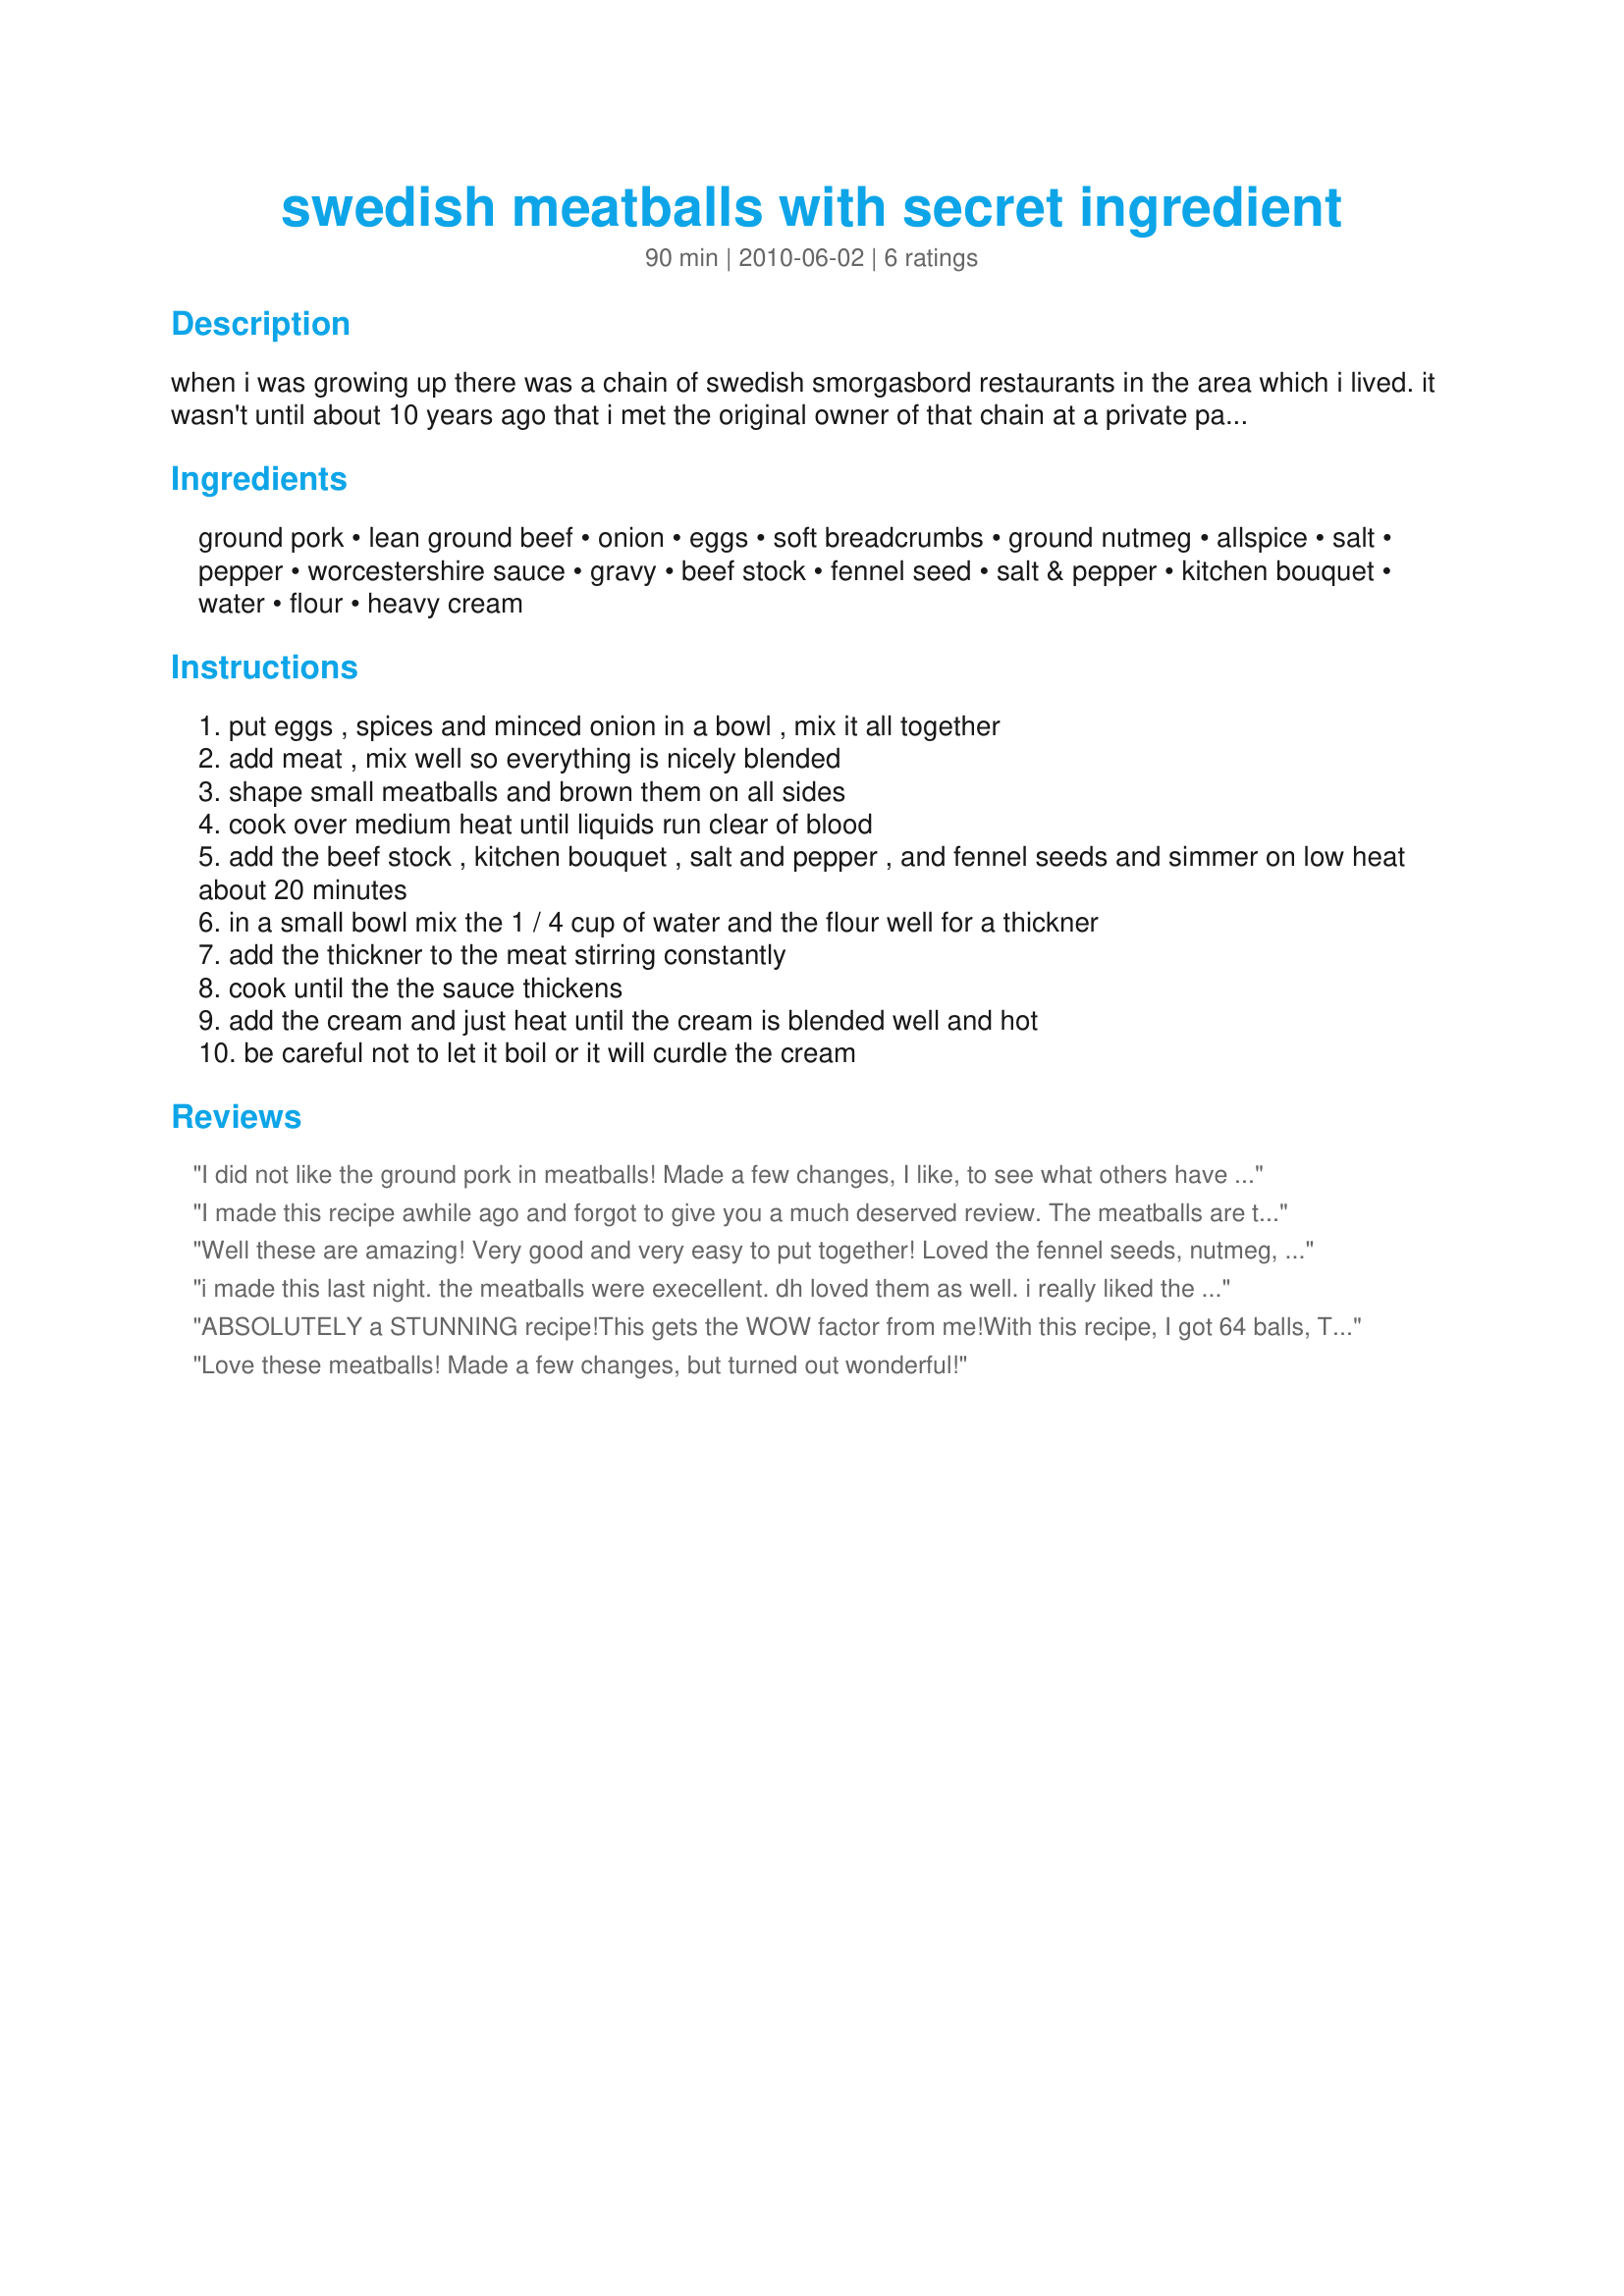
swedish meatballs with secret ingredient
Preparation time: 90 minutes

when i was growing up there was a chain of swedish smorgasbord restaurants in the area which i lived. it wasn't until about 10 years ago that i met the original owner of that chain at a private party in the last remaining restaurant in the chain. he cooked the foods for this party himself with his son who at that time was the manager of that one remaining establishment. one of the dishes that he served, personally to the 20+ persons invited, was his swedish meatballs. they were the absolute best tasting meatballs i ever ate. i took him aside and asked him quietly..."is the wonderful taste in these meatballs the fennel seeds in the sauce?" he smiled and whispered back..."yes that is my secret for making the best swedish meatballs". i came upon a recipe for swedish meatballs at group recipes.com that sounded so similar to that recipe so i wanted to post this version for the zwt #6 2010 scandinavian region.

Ingredients:
ground pork, lean ground beef, onion, eggs, soft breadcrumbs, ground nutmeg, allspice, salt, pepper, worcestershire sauce, gravy, beef stock, fennel seed, salt & pepper, kitchen bouquet, water, flour, heavy cream

Steps:
put eggs , spices and minced onion in a bowl , mix it all together
add meat , mix well so everything is nicely blended
shape small meatballs and brown them on all sides
cook over medium heat until liquids run clear of blood
add the beef stock , kitchen bouquet , salt and pepper , and fennel seeds and simmer on low heat about 20 minutes
in a small bowl mix the 1 / 4 cup of water and the flour well for a thickner
add the thickner to the meat stirring constantly
cook until the the sauce thickens
add the cream and just heat until the cream is blended well and hot
be careful not to let it boil or it will curdle the cream

Reviews:
I did not like the ground pork in meatballs! Made a few changes, I like, to see what others have did to any improvements and/or variations you make to this simple recipe work!
I made this recipe awhile ago and forgot to give you a much deserved review. The meatballs are the best. I love fennel and never thought of using it for swedish meatballs. I like my sauce a little thicker so I added one extra tablespoon of flour. Other then that no other changes were made. Thank You.
Well these are amazing! Very good and very easy to put together! Loved the fennel seeds, nutmeg, and all spice which are unusual but love additions to these meatballs. Followed this exactly and wouldn't change anything. As a side note, make sure you only use enough fennel that is recommended, can be strong if you add to much. I also loved the addition of pork. Terrific recipe! ) Made for ZWT 6 Zee Zesty Zany Cookzz June 2010
i made this last night. the meatballs were execellent. dh loved them as well. i really liked the addition of the fennel. i also added an extra tbsp of flour but other than that i made it as directed. i now have this listed under comfort food. thanks for posting
ABSOLUTELY a STUNNING recipe!<br/>This gets the WOW factor from me!<br/>With this recipe, I got 64 balls, TRUE!<br/>Less than 10 were left and only 7 people too!<br/>OUTSTANDING and thanks for posting the recipe!<br/>MADE the night AND night for ME!
Love these meatballs! Made a few changes, but turned out wonderful!
